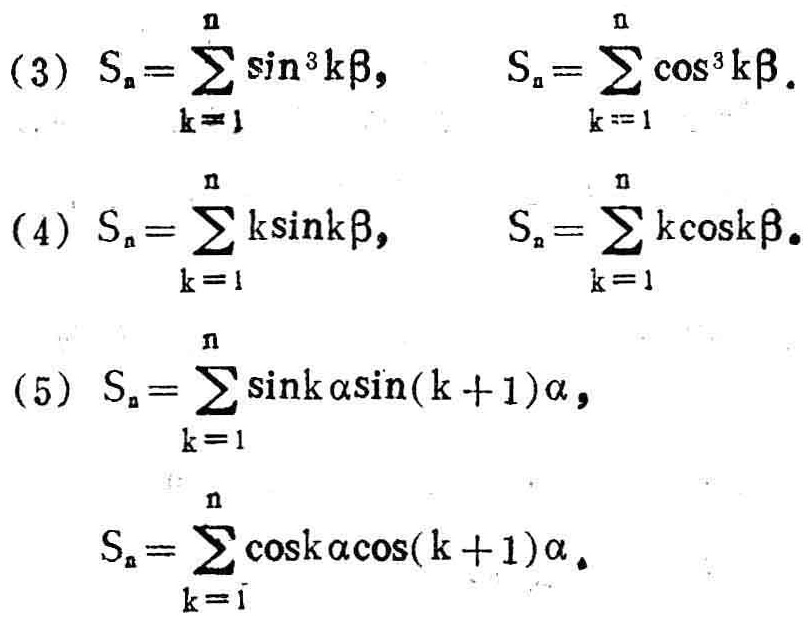
(3) \(S_{n}=\sum_{k = 1}^{n}\sin^{3}k\beta\), \(S_{n}=\sum_{k = 1}^{n}\cos^{3}k\beta\).

(4) \(S_{n}=\sum_{k = 1}^{n}k\sin k\beta\), \(S_{n}=\sum_{k = 1}^{n}k\cos k\beta\).

(5) \(S_{n}=\sum_{k = 1}^{n}\sin k\alpha\sin(k + 1)\alpha\), \(S_{n}=\sum_{k = 1}^{n}\cos k\alpha\cos(k + 1)\alpha\).